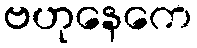
ဗဟုနေကေ